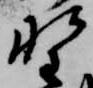
野